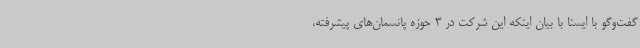
گفت‌وگو با ایسنا با بیان اینکه این شرکت در 3 حوزه پانسمان‌های پیشرفته،